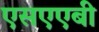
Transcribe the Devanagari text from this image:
एसएएबी